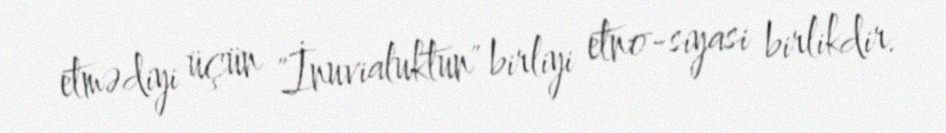
etmədiyi üçün "İnuvialuktun" birliyi etno-siyasi birlikdir.